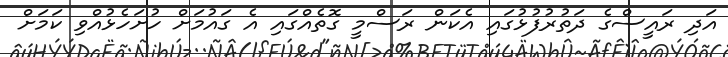
އަދި ރައީސްގެ ދަތުރުފުޅުގައި އެކަން ރަސްމީ ގޮތެއްގައި އެ ގައުމަށް ހުށަހެޅުއްވި ކަމަށް